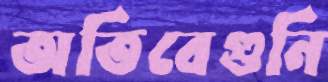
অতিবেগুনি